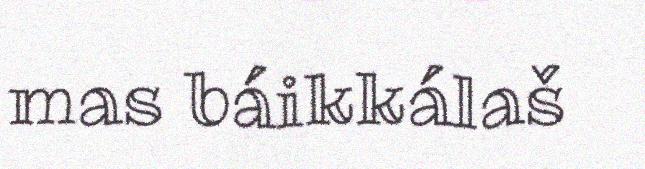
mas báikkálaš